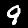
Label: 9